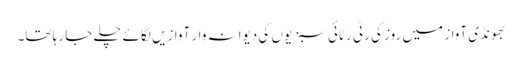
بھونڈی آواز میں روز کی رٹی رٹائی سبزیوں کی دیوانہ وار آوازیں لگائے چلے جا رہا تھا۔